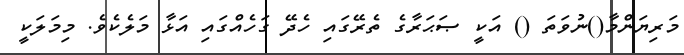
މަރިޔަންމާ()ނުވަތަ () އަކީ ޞަޙަރާގެ ތެރޭގައި ހެދޭ ގަހެއްގައި އަޅާ މަލެކެވެ. މިމަލަކީ